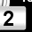
Digit: 2